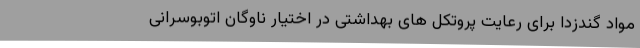
مواد گندزدا برای رعایت پروتکل های بهداشتی در اختیار ناوگان اتوبوسرانی